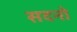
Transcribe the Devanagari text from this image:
सदनो